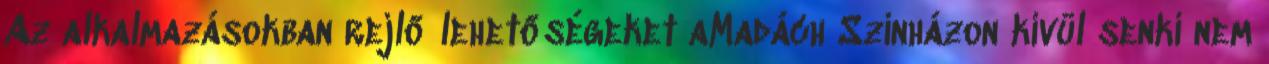
Az alkalmazásokban rejlő lehetőségeket aMadách Színházon kívül senki nem